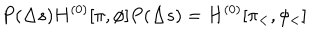
{ P ( \Delta s ) H ^ { ( 0 ) } [ \pi , \phi ] P ( \Delta s ) } = H ^ { ( 0 ) } [ \pi _ { < } , \phi _ { < } ]